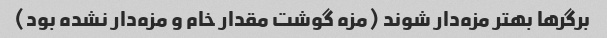
برگرها بهتر مزه‌دار شوند (مزه گوشت مقدار خام و مزه‌دار نشده بود)